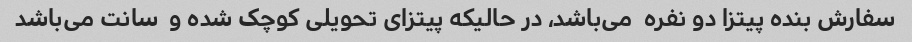
سفارش بنده پیتزا دو نفره  می‌باشد، در حالیکه پیتزای تحویلی کوچک شده و  سانت می‌باشد